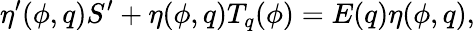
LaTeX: \eta^{\prime}(\phi,q){S}^{\prime}+\eta(\phi,q)T_{q}(\phi)=E(q)\eta(\phi,q),